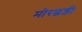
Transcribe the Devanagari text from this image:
मोरछड़ी